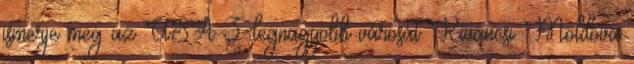
ismerje meg az USA 3. legnagyobb városát Kíváncsi Moldova